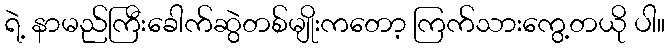
ရဲ့ နာမည်ကြီးခေါက်ဆွဲတစ်မျိုးကတော့ ကြက်သားကွေ့တယို ပါ။